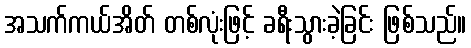
အသက်ကယ်အိတ် တစ်လုံးဖြင့် ခရီးသွားခဲ့ခြင်း ဖြစ်သည်။